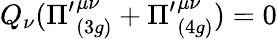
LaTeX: Q_{\nu}({\Pi^{\prime}}_{(3g)}^{\mu\nu}+{\Pi^{\prime}}_{(4g)}^{\mu\nu})=0